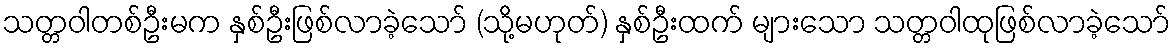
သတ္တဝါတစ်ဦးမက နှစ်ဦးဖြစ်လာခဲ့သော် (သို့မဟုတ်) နှစ်ဦးထက် များသော သတ္တဝါထုဖြစ်လာခဲ့သော်